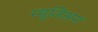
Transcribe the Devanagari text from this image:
म्यूजिअन